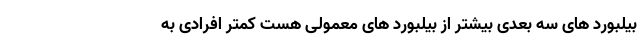
بیلبورد های سه بعدی بیشتر از بیلبورد های معمولی هست کمتر افرادی به